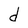
Character: d